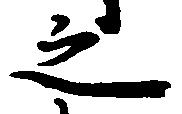
之